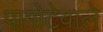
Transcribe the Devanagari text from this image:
पागोटेवाले